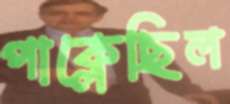
পাক্‌লেছিল